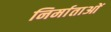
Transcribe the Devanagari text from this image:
निर्माताआें